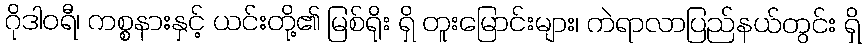
ဂိုဒါဝရီ၊ ကစ္စနားနှင့် ယင်းတို့၏ မြစ်ရိုး ရှိ တူးမြောင်းများ၊ ကဲရာလာပြည်နယ်တွင်း ရှိ